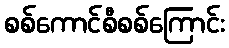
စစ်ကောင်စီစစ်ကြောင်း